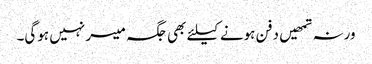
ورنہ تمھیں دفن ہونے کیلئے بھی جگہ میسر نہیں ہوگی۔